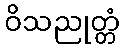
ဝိသညုတ္တံ